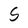
Character: S